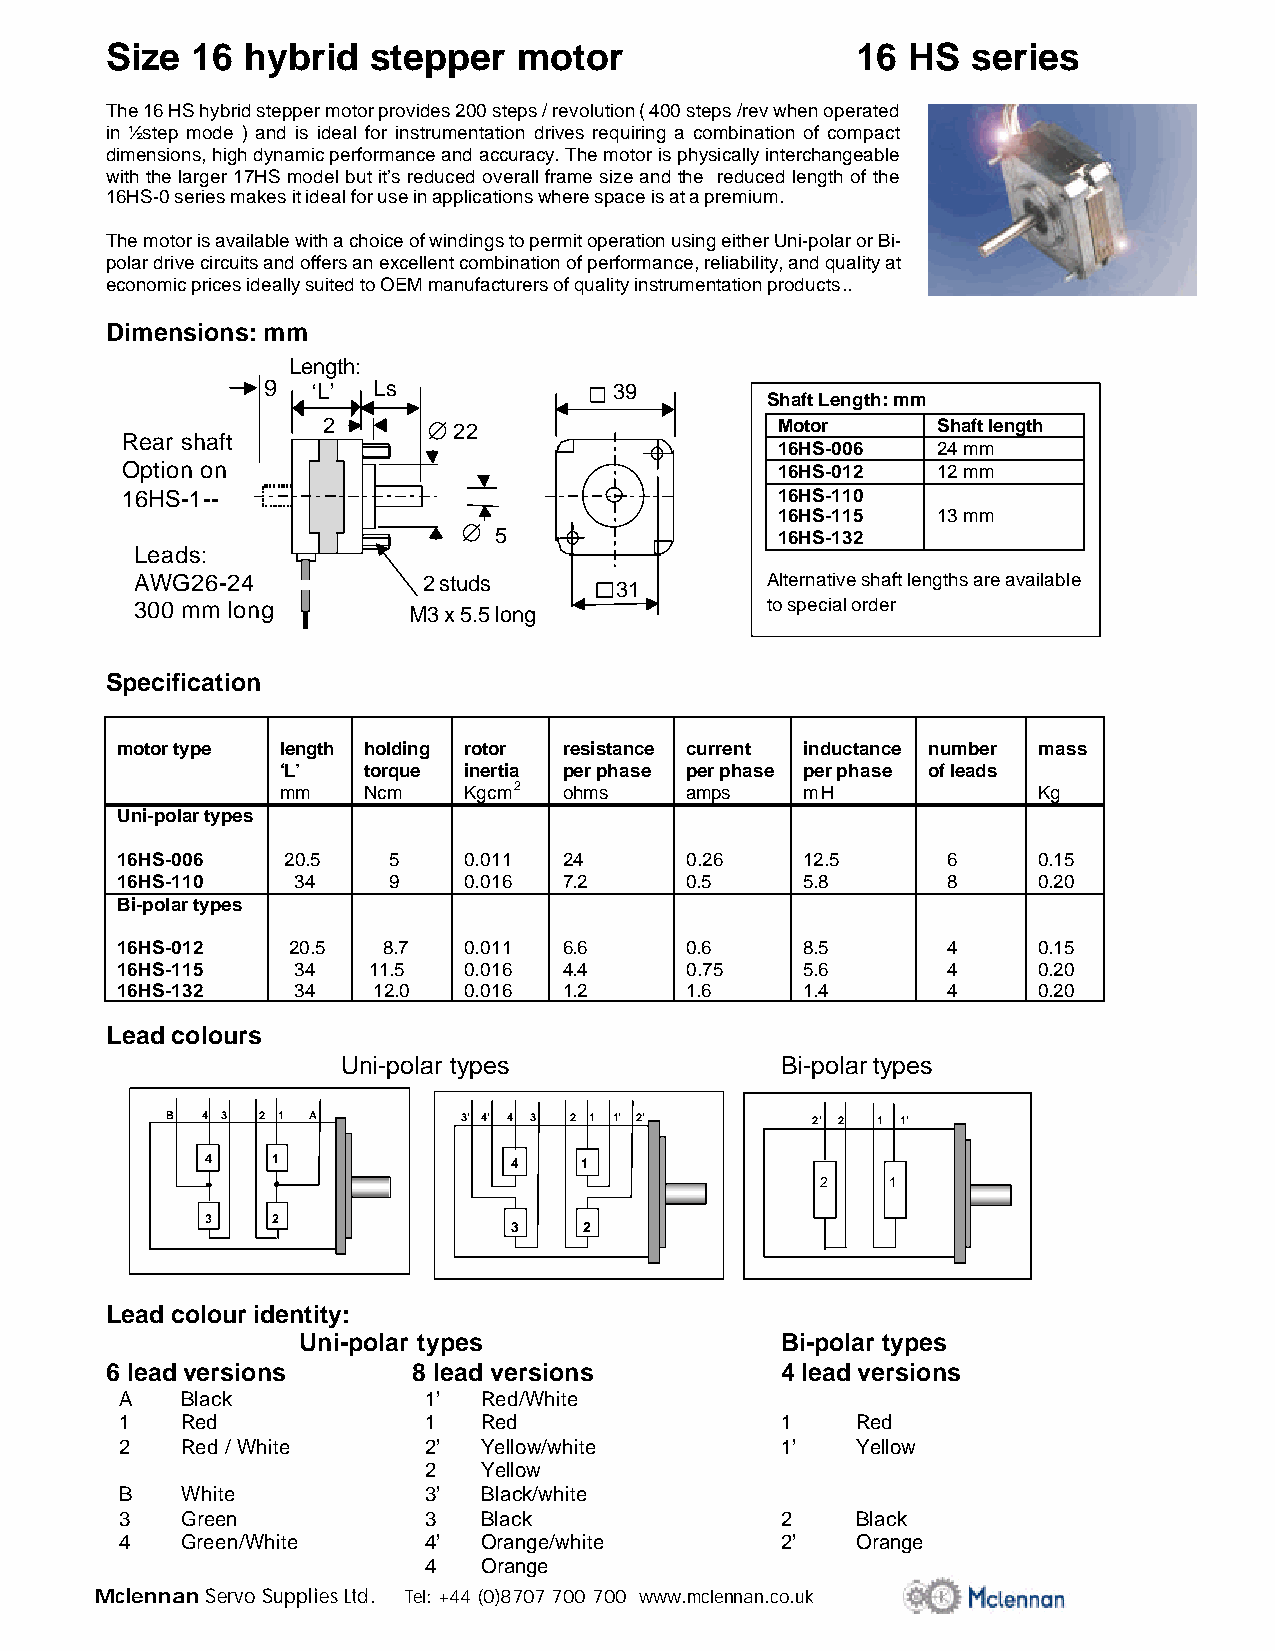
Size  16 hybrid   stepper  motor                  16 HS  series
 The 16 HS hybrid stepper motor provides 200 steps / revolution ( 400 steps /rev when operated
 in ½ step mode ) and is ideal for instrumentation drives requiring a combination of compact
 dimensions, high dynamic performance and accuracy. The motor is physically interchangeable
 with the larger 17HS model but it’s reduced overall frame size and the reduced length of the
 16HS-0 series makes it ideal for use in applications where space is at a premium.
 The motor is available with a choice of windings to permit operation using either Uni-polar or Bi-
 polar drive circuits and offers an excellent combination of performance, reliability, and quality at
 economic prices ideally suited to OEM manufacturers of quality instrumentation products..
 Dimensions: mm
 Length:
 9   ‘L’ Ls              39
 Shaft Length: mm
 2      ˘ 22                    Motor     Shaft length
 Rear shaft
 16HS-006  24 mm
 Option on                                   16HS-012  12 mm
 16HS-1--                                    16HS-110
 16HS-115  13 mm
 ˘
 5                  16HS-132
 Leads:
 AWG26-24           2 studs      31        Alternative shaft lengths are available
 300 mm long       M3 x 5.5 long           to special order
 Specification
 motor type length holding rotor resistance current inductance number mass
 ‘L’  torque inertia per phase per phase per phase of leads
 mm   Ncm    Kgcm2 ohms    amps    mH              Kg
 Uni-polar types
 16HS-006   20.5   5    0.011 24      0.26    12.5      6     0.15
 16HS-110   34     9    0.016 7.2     0.5     5.8       8     0.20
 Bi-polar types
 16HS-012   20.5  8.7   0.011 6.6     0.6     8.5       4     0.15
 16HS-115   34   11.5   0.016 4.4     0.75    5.6       4     0.20
 16HS-132   34    12.0  0.016 1.2     1.6     1.4       4     0.20
 Lead colours
 Uni-polar types              Bi-polar types
 B 4 3 2 1 A         3’ 4’ 4 3 2 1 1’ 2’    2’ 2 1 1’
 4   1               4   1
 2    1
 3   2
 3    2
 Lead colour identity:
 Uni-polar types                 Bi-polar types
 6 lead versions     8 lead versions          4 lead versions
 A   Black           1’  Red/White
 1   Red             1   Red                 1    Red
 2   Red / White     2’  Yellow/white        1’   Yellow
 2   Yellow
 B   White           3’  Black/white
 3   Green           3   Black               2    Black
 4   Green/White     4’  Orange/white        2’   Orange
 4   Orange
 Mclennan Servo Supplies Ltd. Tel: +44 (0)8707 700 700 www.mclennan.co.uk